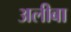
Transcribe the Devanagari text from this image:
अलीबा